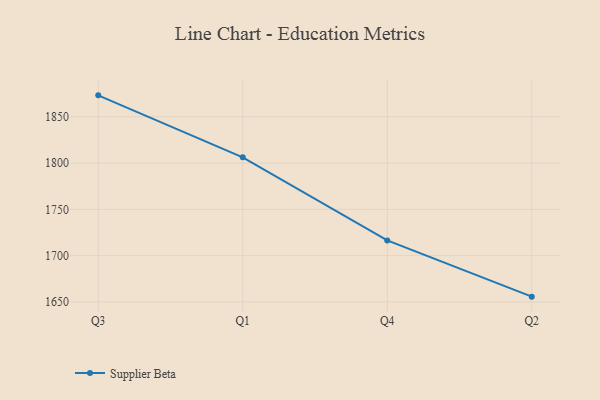
{"axis": {"x": "Quarter", "y": "Temperature (°C)"}, "legend": ["Supplier Beta"], "data": [{"x": "Q3", "y": 1873.2, "type": "Supplier Beta"}, {"x": "Q1", "y": 1806.2, "type": "Supplier Beta"}, {"x": "Q4", "y": 1716.5, "type": "Supplier Beta"}, {"x": "Q2", "y": 1655.7, "type": "Supplier Beta"}]}